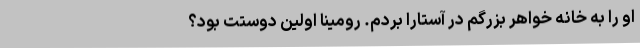
او را به خانه خواهر بزرگم در آستارا بردم. رومینا اولین دوستت بود؟